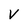
Character: v